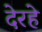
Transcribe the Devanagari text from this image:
देरहे